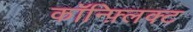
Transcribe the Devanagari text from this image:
कॉन्फ़्लिक्ट